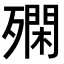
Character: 𣩝